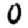
Digit: 0